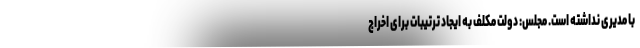
با مدیری نداشته است. مجلس: دولت مکلف به ایجاد ترتیبات برای اخراج